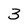
Character: 3